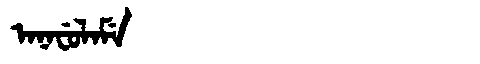
Manchu: ᠠᠨᠠᠸᡠᠯᠠᠮᡝ
Romanization: ANAFULAME